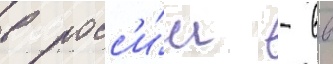
в росс'и́и - вв